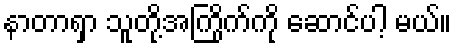
နာတာရှာ သူတို့အကြိုက်ကို ဆောင်ပါ့ မယ်။